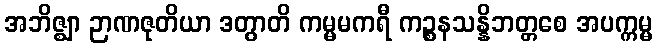
အဘိဇ္ဈာ ဉာဏဇုတိယာ ဒတွာတိ ကမ္မမကရီ ကဉ္စနသန္နိဘတ္တစေ အပက္ကမ္မ